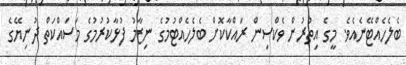
ބެލެހެއްޓޭނެއެވެ. މީގެ އިތުރުން ވެކްސިން ރައްކާކޮށް ބެލެހެއްޓުމުގެ ނިޒާމު ފުޅާކުރުމުގެ މަސައްކަތް ދުނިޔޭގެ